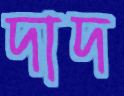
দাদ